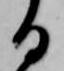
る